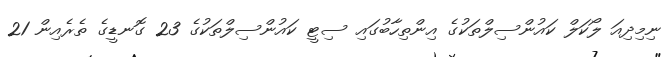
ނިމިދިއަ ލޯކަލް ކައުންސިލްތަކުގެ އިންތިހާބުގައި ސިޓީ ކައުންސިލްތަކުގެ 23 ގޮނޑީގެ ތެރެއިން 21